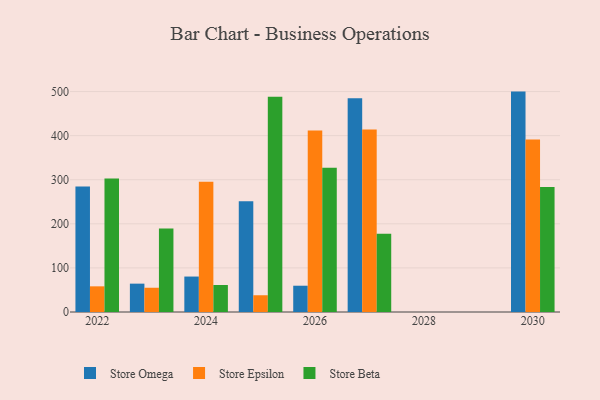
{"axis": {"x": "Year", "y": "Market Share (%)"}, "legend": ["Store Beta", "Store Epsilon", "Store Omega"], "data": [{"x": "2027", "y": 484.7, "type": "Store Omega"}, {"x": "2027", "y": 413.7, "type": "Store Epsilon"}, {"x": "2027", "y": 177.7, "type": "Store Beta"}, {"x": "2023", "y": 64.3, "type": "Store Omega"}, {"x": "2023", "y": 55.0, "type": "Store Epsilon"}, {"x": "2023", "y": 189.2, "type": "Store Beta"}, {"x": "2030", "y": 499.9, "type": "Store Omega"}, {"x": "2030", "y": 391.5, "type": "Store Epsilon"}, {"x": "2030", "y": 283.5, "type": "Store Beta"}, {"x": "2022", "y": 284.4, "type": "Store Omega"}, {"x": "2022", "y": 58.2, "type": "Store Epsilon"}, {"x": "2022", "y": 302.9, "type": "Store Beta"}, {"x": "2025", "y": 251.2, "type": "Store Omega"}, {"x": "2025", "y": 38.0, "type": "Store Epsilon"}, {"x": "2025", "y": 488.4, "type": "Store Beta"}, {"x": "2026", "y": 59.6, "type": "Store Omega"}, {"x": "2026", "y": 411.4, "type": "Store Epsilon"}, {"x": "2026", "y": 327.0, "type": "Store Beta"}, {"x": "2024", "y": 80.4, "type": "Store Omega"}, {"x": "2024", "y": 295.6, "type": "Store Epsilon"}, {"x": "2024", "y": 61.2, "type": "Store Beta"}]}